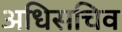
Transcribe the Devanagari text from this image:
अधिसचिव